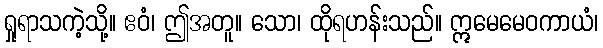
ရှုရာသကဲ့သို့။ ဧဝံ၊ ဤအတူ။ သော၊ ထိုရဟန်းသည်။ ဣမေမေဝကာယံ၊